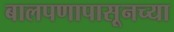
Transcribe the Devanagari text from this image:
बालपणापासूनच्या